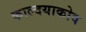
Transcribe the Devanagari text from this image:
काल्दयाकोव